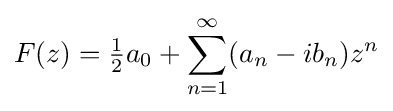
F(z)={\tfrac {1}{2}}a_{0}+\sum _{n=1}^{\infty }(a_{n}-ib_{n})z^{n}